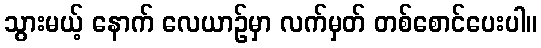
သွားမယ့် နောက် လေယာဉ်မှာ လက်မှတ် တစ်စောင်ပေးပါ။